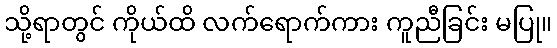
သို့ရာတွင် ကိုယ်ထိ လက်ရောက်ကား ကူညီခြင်း မပြု။